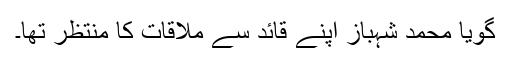
گویا محمد شہباز اپنے قائد سے ملاقات کا منتظر تھا۔